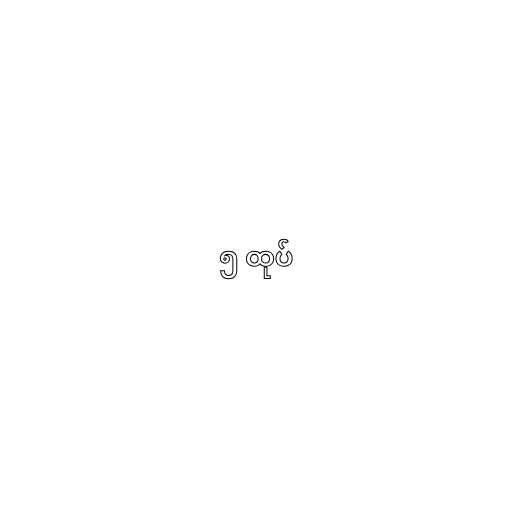
၅ ထုပ်